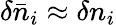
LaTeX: \delta\bar{n}_{i}\approx\delta n_{i}